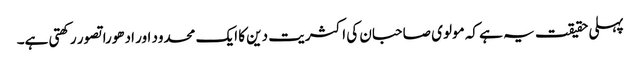
پہلی حقیقت یہ ہے کہ مولوی صاحبان کی اکثریت دین کا ایک محدود اور ادھورا تصور رکھتی ہے۔